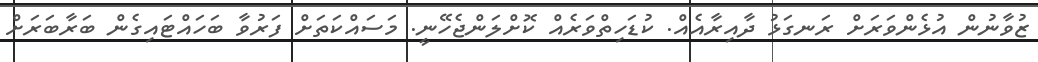
ޒުވާނުން އުޅެންވަރަށް ރަނގަޅު ދާއިރާއެއް. ކުޑަހިތްވަރެއް ކޮށްލަންޖެހޭނީ. މަސައްކަތަށް ފަރުވާ ބަހައްޓައިގެން ބަރާބަރަށް